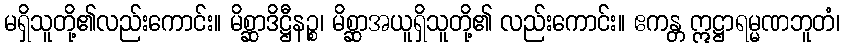
မရှိသူတို့၏လည်းကောင်း။ မိစ္ဆာဒိဋ္ဌီနဉ္စ၊ မိစ္ဆာအယူရှိသူတို့၏ လည်းကောင်း။ ဧကန္တ ဣဋ္ဌာရမ္မဏဘူတံ၊